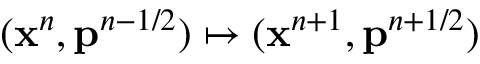
( \mathbf { x } ^ { n } , \mathbf { p } ^ { n - 1 / 2 } ) \mapsto ( \mathbf { x } ^ { n + 1 } , \mathbf { p } ^ { n + 1 / 2 } )